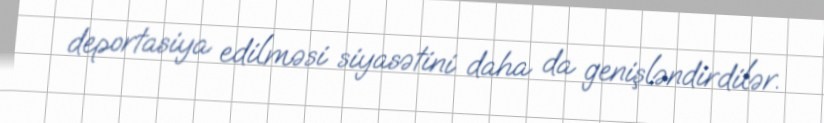
deportasiya edilməsi siyasətini daha da genişləndirdilər.